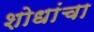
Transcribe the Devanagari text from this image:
शोधांचा